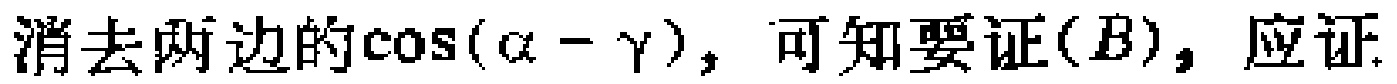
消去两边的\(\cos(\alpha - \gamma)\)，可知要证\((B)\)，应证